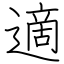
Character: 適